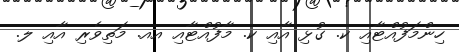
ހިންމަފުއްޓާއި ކ. ގުޅި އާއި ކ. މާފުއްޓާއި އއ. މަތިވެރި އާއި ލ.